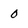
Character: 0